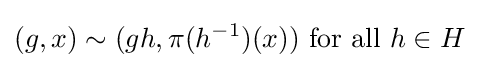
(g,x)\sim (gh,\pi (h^{-1})(x)){\text{ for all }}h\in H